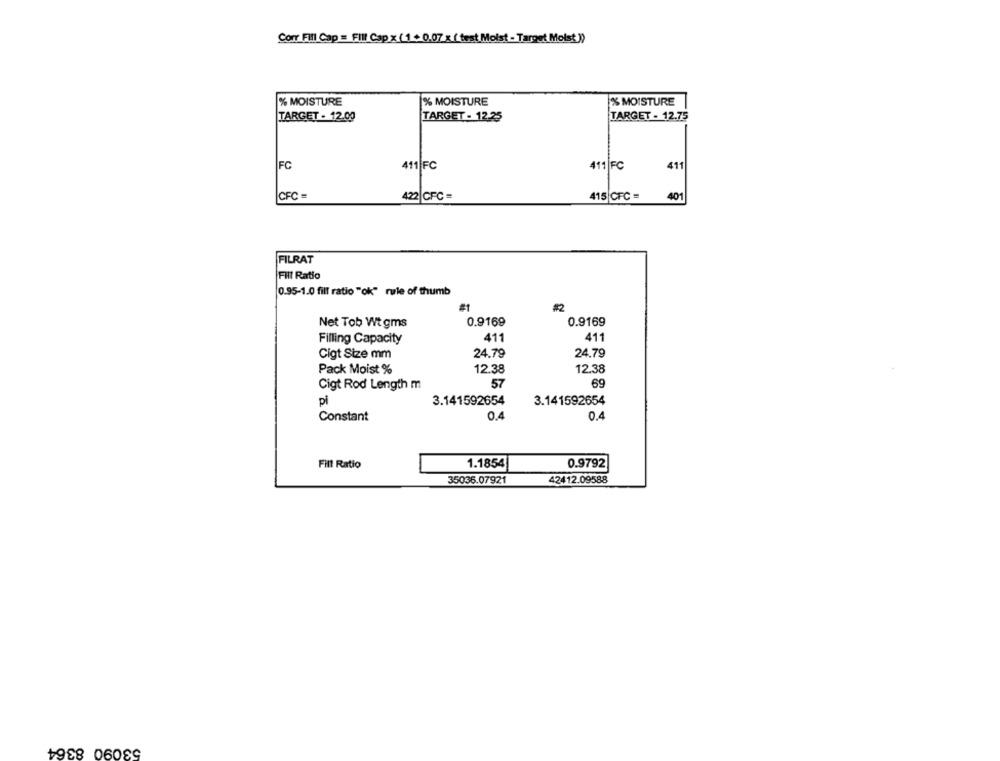
Corr Fill Cap = Fill Cap x (1 + 0.07 x (test(Moist - Target Moist)
% MOISTURE
% MOISTURE
% MOISTURE
TARGET - 12.00
TARGET - 12.25
TARGET - 12.75
FC
411 FC
411 FC
411
CFC =
422 CFC =
415 CFC =
401
FILRAT
Fill Ratio
0.95-1.0 fill ratio "ok" rule of thumb
#1
#2
Net Tob Wt gms
0.9169
0.9169
Filling Capacity
411
411
Cigt Size mm
24.79
24.79
Pack Moist %
12.38
12.38
59
Cigt Rod Length m
57
pi
3.141592654
3.141592654
Constant
0.4
0.4
Fill Ratio
1.1854
0.9792
35036.07921
42412.09588
53090 8364